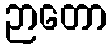
ဉာတော